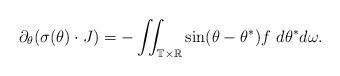
LaTeX: \begin{align*} \partial_{\theta}(\sigma(\theta)\cdot J)=-\iint_{\mathbb T \times \mathbb R} \sin(\theta-\theta^{*})f ~ d\theta^{*} d\omega. \end{align*}